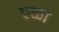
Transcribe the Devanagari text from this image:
एळा